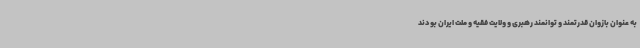
به عنوان بازوان قدرتمند و توانمند رهبری و ولایت فقیه و ملت ایران بودند